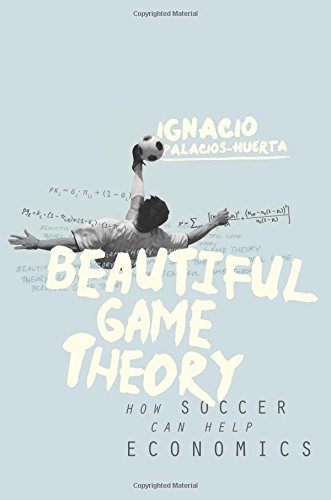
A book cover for Beautiful Game Theory: How Soccer Can Help Economics; Ignacio Palacios-Huerta; Science & Math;